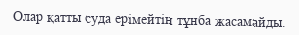
Олар қатты суда ерімейтін тұнба жасамайды.